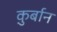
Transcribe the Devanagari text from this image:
कु़र्बान